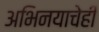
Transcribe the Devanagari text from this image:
अभिनयाचेही